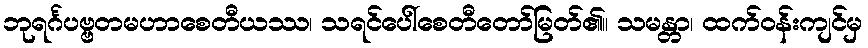
ဘုရင်္ဂပဗ္ဗတမဟာစေတီယဿ၊ သရင်ပေါ်စေတီတော်မြတ်၏။ သမန္တာ၊ ထက်ဝန်းကျင်မှ